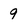
Character: 9